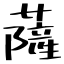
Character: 薩